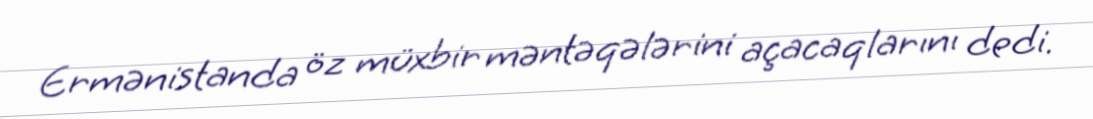
Ermənistanda öz müxbir məntəqələrini açacaqlarını dedi.